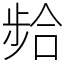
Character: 𫫈